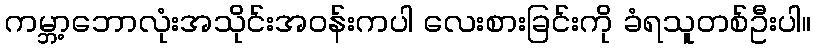
ကမ္ဘာ့ဘောလုံးအသိုင်းအဝန်းကပါ လေးစားခြင်းကို ခံရသူတစ်ဦးပါ။